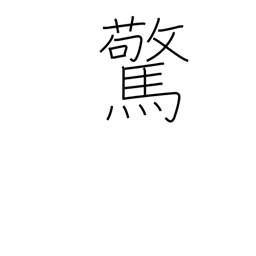
Meaning: frightened